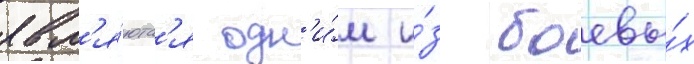
явл'я́ютс'я одн'и́м и́з боевы́х